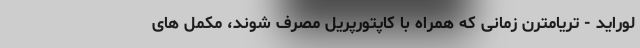
لوراید - تریامترن زمانی که همراه با کاپتورپریل مصرف شوند، مکمل های